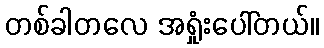
တစ်ခါတလေ အရှုံးပေါ်တယ်။